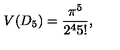
V ( D _ { 5 } ) = \frac { \pi ^ { 5 } } { 2 ^ { 4 } 5 ! } ,